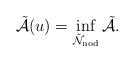
LaTeX: \begin{align*} \Tilde{\mathcal{A}} (u) = \inf_{\Tilde{\mathcal{N}}_{\mathrm{nod}}} \Tilde{\mathcal{A}}.\end{align*}